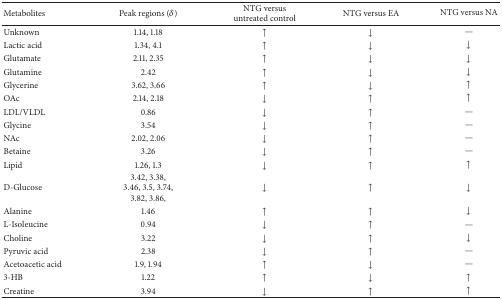
| Metabolites | Peak regions (δ) | NTG versus untreated control | NTG versus EA | NTG versus NA |
 | --- | --- | --- | --- | --- |
 | Unknown | 1.14, 1.18 | ↑ | ↓ | — |
 | Lactic acid | 1.34, 4.1 | ↑ | ↓ | ↓ |
 | Glutamate | 2.11, 2.35 | ↑ | ↓ | ↓ |
 | Glutamine | 2.42 | ↑ | ↓ | ↓ |
 | Glycerine | 3.62, 3.66 | ↑ | ↓ | ↑ |
 | OAc | 2.14, 2.18 | ↓ | ↑ | ↑ |
 | LDL/VLDL | 0.86 | ↓ | ↑ | — |
 | Glycine | 3.54 | ↓ | ↑ | — |
 | NAc | 2.02, 2.06 | ↓ | ↑ | — |
 | Betaine | 3.26 | ↓ | ↑ | — |
 | Lipid | 1.26, 1.3 | ↓ | ↑ | ↑ |
 | D-Glucose | 3.42, 3.38, 3.46, 3.5, 3.74, 3.82, 3.86, | ↓ | ↑ | ↓ |
 | Alanine | 1.46 | ↑ | ↑ | ↓ |
 | L-Isoleucine | 0.94 | ↓ | ↑ | — |
 | Choline | 3.22 | ↓ | ↑ | ↓ |
 | Pyruvic acid | 2.38 | ↓ | ↑ | — |
 | Acetoacetic acid | 1.9, 1.94 | ↑ | ↓ | — |
 | 3-HB | 1.22 | ↑ | ↓ | ↑ |
 | Creatine | 3.94 | ↓ | ↑ | ↑ |